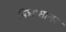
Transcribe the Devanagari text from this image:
बिद्यासागर